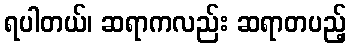
ရပါတယ်၊ ဆရာကလည်း ဆရာတပည့်